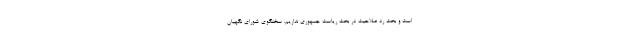
است و بحث رد صلاحیت در بحث ریاست جمهوری نداریم. سخنگوی شورای نگهبان